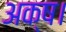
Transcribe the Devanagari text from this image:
अक्ष।